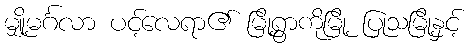
မျှို့မင်္ဂလာ ပင့်လေရာ၏ မြို့ရွာကိုမြို့ ပြုသမြို့နှင့်